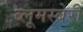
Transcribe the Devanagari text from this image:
ब्लूमस्बेरी